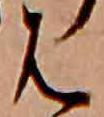
は